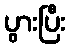
ပွားပြီး